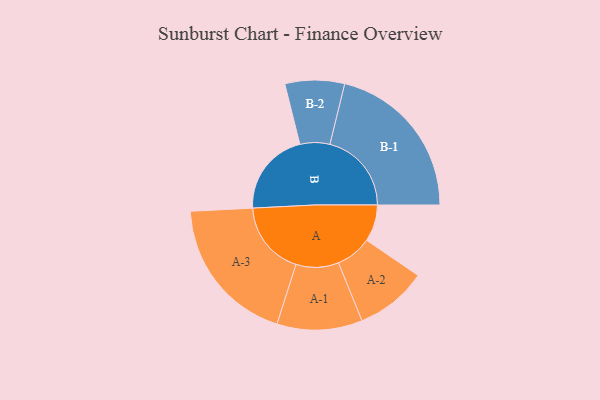
{"axis": {"x": "Segment", "y": "Value"}, "legend": ["", "A", "B"], "data": [{"x": "A", "y": 131, "type": ""}, {"x": "B", "y": 301, "type": ""}, {"x": "A-1", "y": 152, "type": "A"}, {"x": "A-2", "y": 128, "type": "A"}, {"x": "A-3", "y": 265, "type": "A"}, {"x": "B-1", "y": 291, "type": "B"}, {"x": "B-2", "y": 106, "type": "B"}]}